Report of the Hyderabad Chloroform Commission
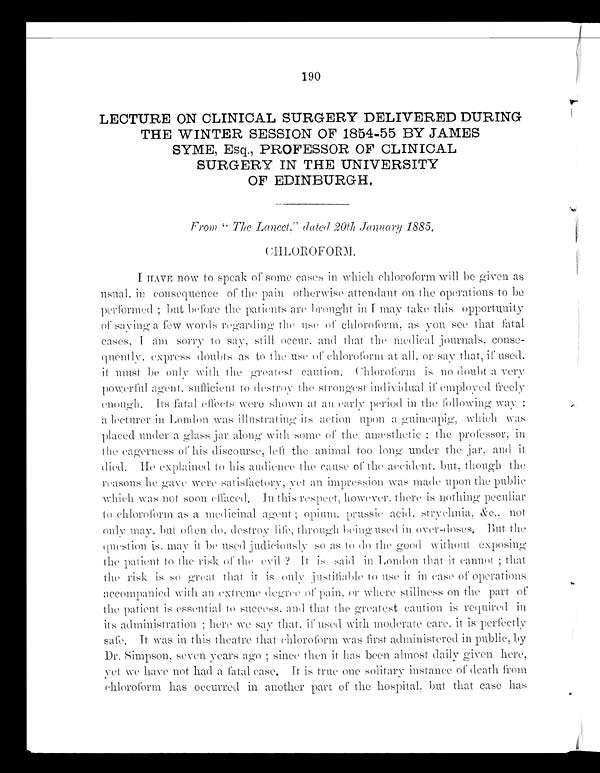
190
LECTURE ON CLINICAL SURGERY DELIVERED DURING
THE WINTER SESSION OF 1854-55 BY JAMES
SYME, Esq., PROFESSOR OF CLINICAL
SURGERY IN THE UNIVERSITY
OF EDINBURGH.
From“ The Lancet,” dated 20th January 1885.
CHLOROFORM.
I HAVE now to speak of some cases in which chloroform will be given as
usual, in consequence of the pain otherwise attendant on the operations to be
performed ; but before the patients are brought in I may take this opportunity
of saying a few words regarding the use of chloroform, as you see that fatal
cases, I am sorry to say, still occur, and that the medical journals, conse
-quently, express doubts as to the use of chloroform at all, or say that, if used.
it must be only with the greatest caution. Chloroform is no doubt a very
powerful agent, sufficient to destroy the strongest individual if employed freely
enough. Its fatal effects were shown at an early period in the following way :
a lecturer in London was illustrating its action upon a guineapig, which was
placed under a glass j ar al ong wi t h s ome of t he anæs t het i c : t he pr of es s or , i n
the eagerness of his discourse, left the animal too long under the jar, and it
d ied. He explained to his audience the cause of the accident, but, though the
reasons he gave were satisfactory, yet an impression was made upon the public
which was not soon effaced. In this respect, however, there is nothing peculiar
to chloroform as a medicinal agent ; opium. prussic acid, strychnia, &C.. not
only may, but often do, destroy life, through being used in over-doses. But the
question is, may it be used judiciously so as to do the good without exposing
the patient to the risk of theevil ?I t
i s s a i d i n L o n d o n t h a t i t c a n n o t ; t h a t
the risk is so great that it is only justifiable to use it in case of operations
accompanied with an extreme degree of pain, or where stillness on the part of
the patient is essential to success, and that the greatest caution is required in
its administration ; here we say that, if used with moderate care, it is perfectly
safe. It was in this theatre that chloroform was first administered in public, by
Dr. Simpson, seven years ago ; since then it has been almost daily given here,
yet we have not had a fatal case. It is true one solitary instance of death from
chloroform has occurred in another part of the hospital, but that case has